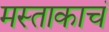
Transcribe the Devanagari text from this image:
मस्ताकाचं